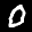
Label: 0